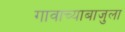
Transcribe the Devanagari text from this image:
गावाच्याबाजुला